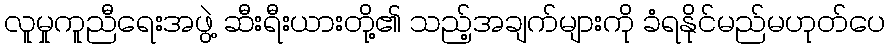
လူမှုကူညီရေးအဖွဲ့ ဆီးရီးယားတို့၏ သည့်အချက်များကို ခံရနိုင်မည်မဟုတ်ပေ